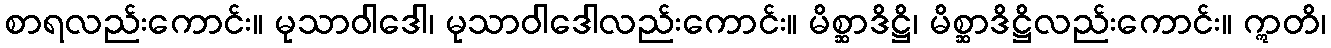
စာရလည်းကောင်း။ မုသာဝါဒေါ၊ မုသာဝါဒေါလည်းကောင်း။ မိစ္ဆာဒိဋ္ဌိ၊ မိစ္ဆာဒိဋ္ဌိလည်းကောင်း။ ဣတိ၊